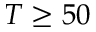
T \geq 5 0